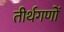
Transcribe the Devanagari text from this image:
तीर्थगणों